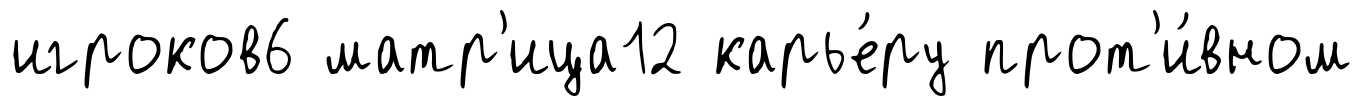
игроков6 матр'ица12 карье́ру прот'и́вном